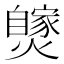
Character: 𤒝